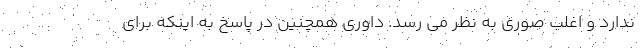
ندارد و اغلب صوری به نظر می رسد. داوری همچنین در پاسخ به اینکه برای